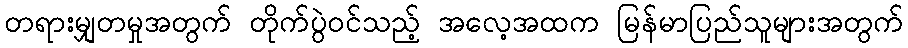
တရားမျှတမှုအတွက် တိုက်ပွဲဝင်သည့် အလေ့အထက မြန်မာပြည်သူများအတွက်